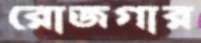
রোজগার